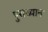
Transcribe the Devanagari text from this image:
पुराख्यान